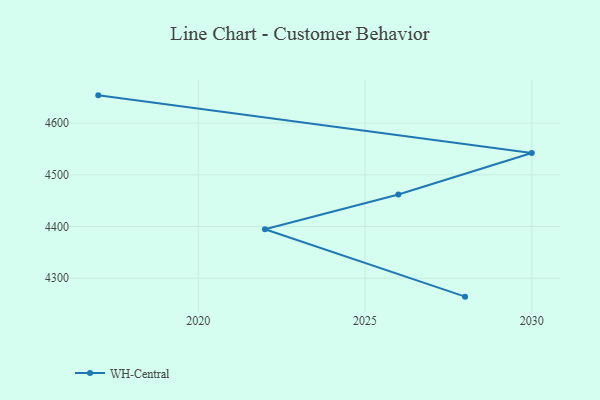
{"axis": {"x": "Year", "y": "Satisfaction Score"}, "legend": ["WH-Central"], "data": [{"x": "2028", "y": 4264.4, "type": "WH-Central"}, {"x": "2022", "y": 4394.7, "type": "WH-Central"}, {"x": "2026", "y": 4461.9, "type": "WH-Central"}, {"x": "2030", "y": 4542.2, "type": "WH-Central"}, {"x": "2017", "y": 4653.7, "type": "WH-Central"}]}